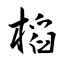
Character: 槄